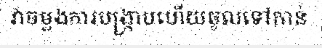
វាចម្លងការបង្ក្រាបហើយចូលទៅកាន់